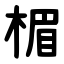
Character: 楣